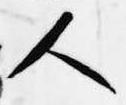
人